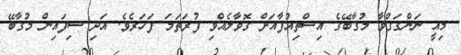
މިއީ ނަންގަގްވާ މުގާބޭގެ އިސްތިއުފާއަށް ގޮވާލެއްވި ފުރަތަމަ ފަހަރެވެ. އަދި ސިފައިން މުގާބޭ